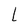
Character: L